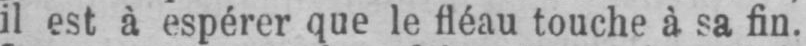
il est à espérer que le fléau touche à sa fin.